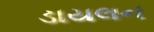
ડાયલન